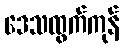
ဒေသထွက်ကုန်